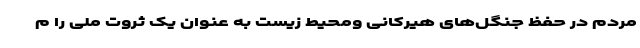
مردم در حفظ جنگل‌های هیرکانی ومحیط زیست به عنوان یک ثروت ملی را م